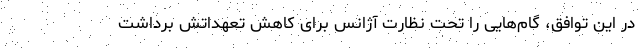
در این توافق، گام‌هایی را تحت نظارت آژانس برای کاهش تعهداتش برداشت